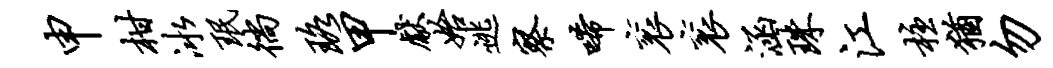
申柑冰珉徜珞甲献始逃察唏衮衮涵珠江柱犹勿